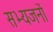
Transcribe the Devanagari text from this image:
सभ्यजनों